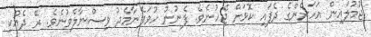
ޖުމުލައިން އަހަރެންގެ ދެފައި ކޮޅަށް ޖެހުނެވެ. ފެނުނު ހުވަފެނާމެދު ވިސްނާލެވުނެވެ. ރޭ ދެއްކި